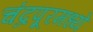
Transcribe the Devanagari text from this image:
चंद्रपूरमध्ये